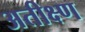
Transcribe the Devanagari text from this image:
अतीक्ष्ण